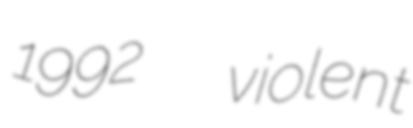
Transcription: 1992  violent